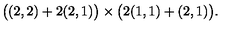
\big ( ( 2 , 2 ) + 2 ( 2 , 1 ) \big ) \times \big ( 2 ( 1 , 1 ) + ( 2 , 1 ) \big ) .